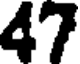
47